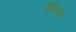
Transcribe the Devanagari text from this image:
विनिताने